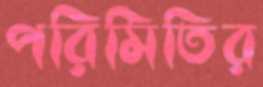
পরিমিতির